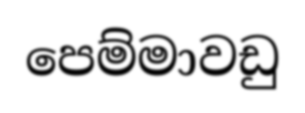
පෙම්මාවඩු